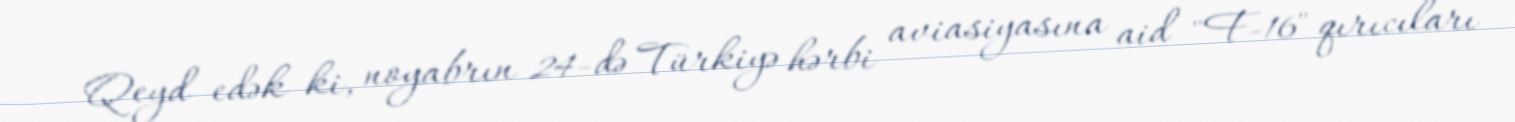
Qeyd edək ki, noyabrın 24-də Türkiyə hərbi aviasiyasına aid "F-16" qırıcıları